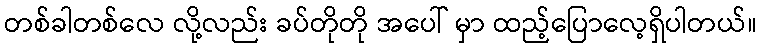
တစ်ခါတစ်လေ လို့လည်း ခပ်တိုတို အပေါ် မှာ ထည့်ပြောလေ့ရှိပါတယ်။